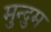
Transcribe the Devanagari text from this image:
मुन्दुम